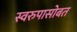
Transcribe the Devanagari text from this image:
स्वरुपासोबत